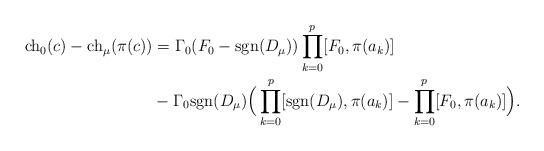
LaTeX: \begin{align*} {\rm ch}_{0}(c)-{\rm ch}_\mu(\pi(c)) &= \Gamma_0(F_0-{\rm sgn}(D_{\mu}))\prod_{k=0}^p[F_0,\pi(a_k)]\\ & - \Gamma_0\mathrm{sgn}(D_\mu)\Big(\prod_{k=0}^p[{\rm sgn}(D_{\mu}),\pi(a_k)]-\prod_{k=0}^p[F_0,\pi(a_k)]\Big). \end{align*}